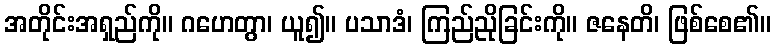
အတိုင်းအရှည်ကို။ ဂဟေတွာ၊ ယူ၍။ ပသာဒံ၊ ကြည်ညိုခြင်းကို။ ဇနေတိ၊ ဖြစ်စေ၏။